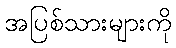
အပြစ်သားများကို